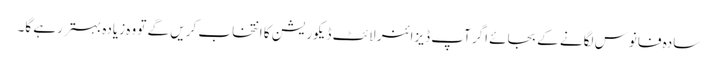
سادہ فانوس لگانے کے بجائے اگر آپ ڈیزائنر لائٹ ڈیکوریشن کا انتخاب کریں گے تو وہ زیادہ بہتر رہے گا۔